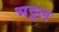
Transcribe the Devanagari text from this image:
भट्ठल